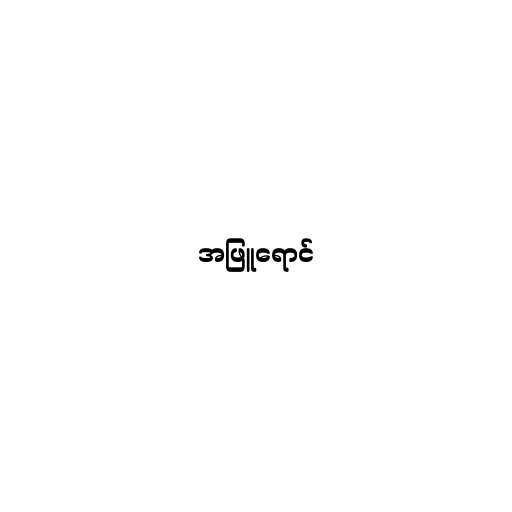
အဖြူရောင်